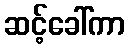
ဆင့်ခေါ်ကာ